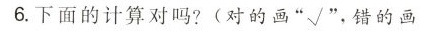
6.下面的计算对吗?(对的画”√”，错的画